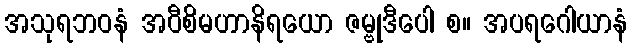
အသုရဘဝနံ အဝီစိမဟာနိရယော ဇမ္ဗုဒီပေါ စ။ အပရဂေါယာနံ